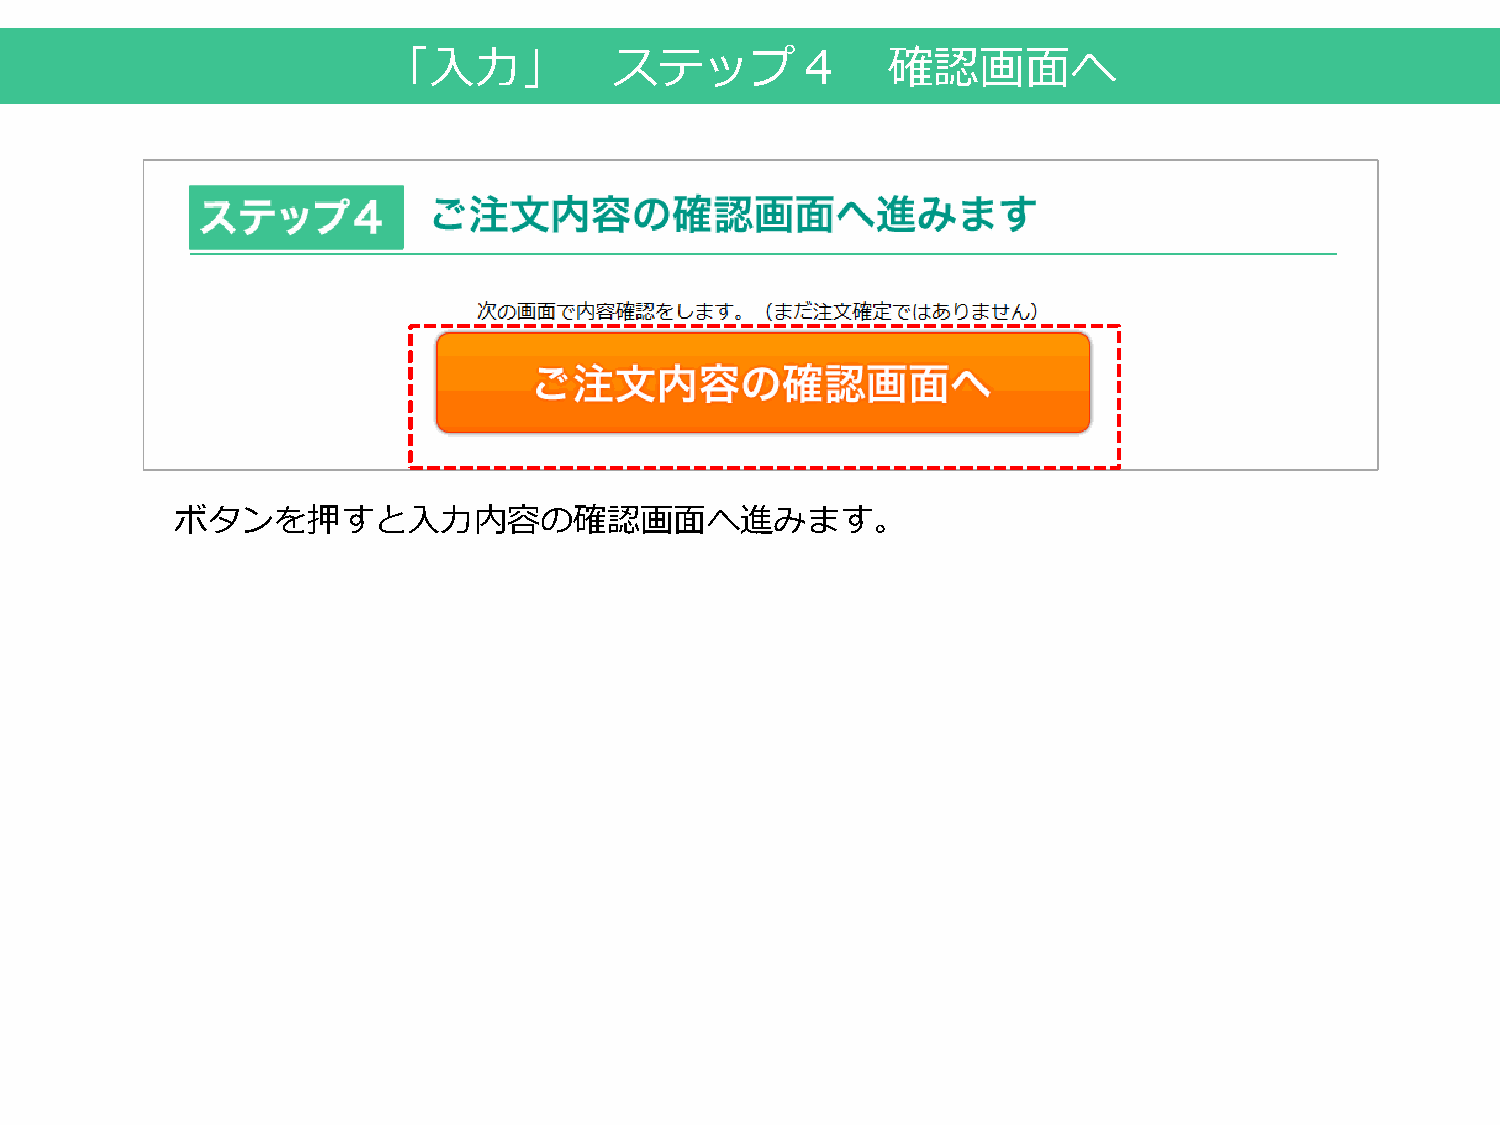
「入力」            ステップ４             確認画面へ
 ボタンを押すと入力内容の確認画面へ進みます。